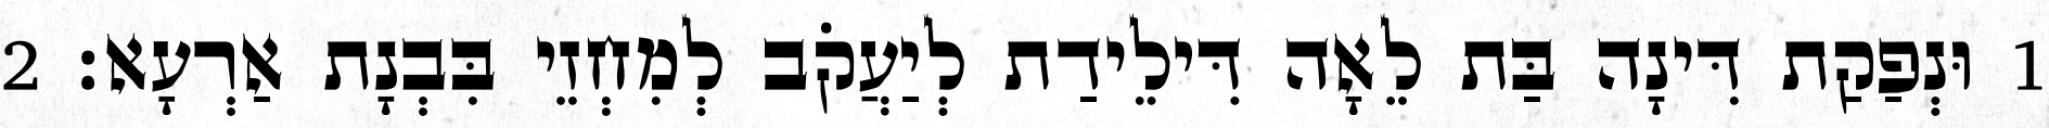
1 וּנְפַקַת דִּינָה בַּת לֵאָה דִּילֵידַת לְיַעֲקֹב לְמִחְזֵי בִּבְנָת אַרְעָא׃ 2